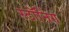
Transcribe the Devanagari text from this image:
स्टॉनिंग